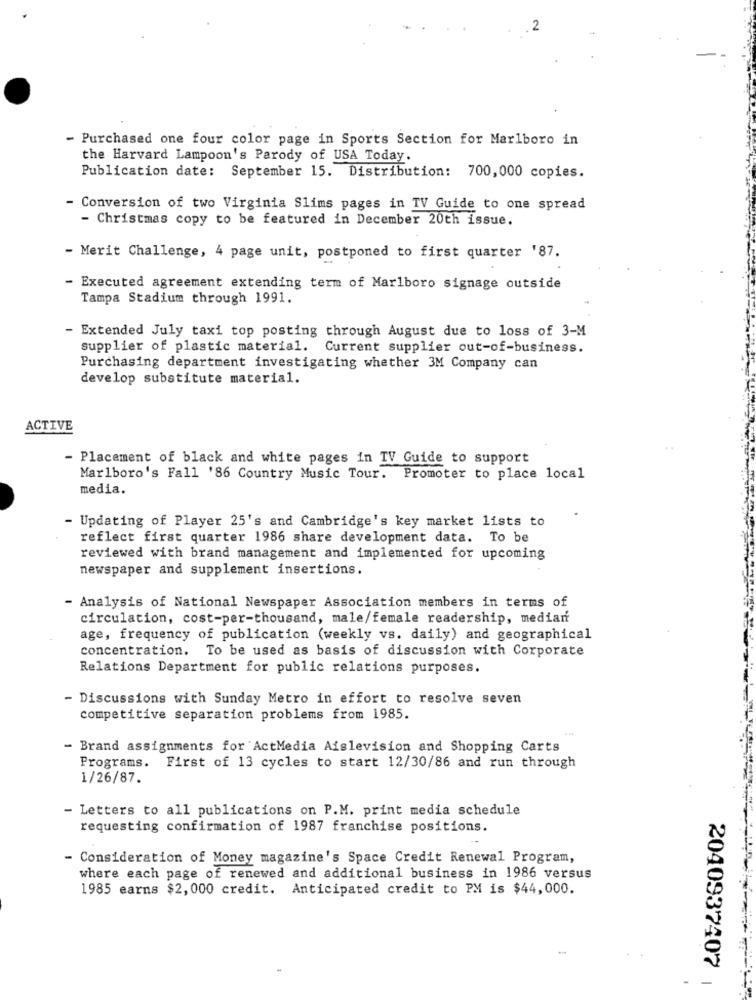
- Purchased one four color page in Sports Section for Marlboro in
the Harvard Lampoon's Parody of USA Today.
Publication date: September 15. Distribution: 700,000 copies.
- Conversion of two Virginia Slims pages in TV Guide to one spread
- Christmas copy to be featured in December 20th issue.
- Merit Challenge, 4 page unit, postponed to first quarter '87.
- Executed agreement extending term of Marlboro signage outside
Tampa Stadium through 1991.
- Extended July taxi top posting through August due to loss of 3-M
supplier of plastic material.
Current supplier out-of-business.
Purchasing department investigating whether 3M Company can
develop substitute material.
ACTIVE
- Placement of black and white pages in TV Guide to support
Marlboro's Fall '86 Country Music Tour. Promoter to place local
media.
- Updating of Player 25's and Cambridge's key market lists to
reflect first quarter 1986 share development data. To be
reviewed with brand management and implemented for upcoming
newspaper and supplement insertions.
- Analysis of National Newspaper Association members in terms of
circulation, cost-per-thousand, male/female readership, median
age, frequency of publication (weekly vs. daily) and geographical
concentration. To be used as basis of discussion with Corporate
Relations Department for public relations purposes.
- Discussions with Sunday Metro in effort to resolve seven
competitive separation problems from 1985.
- Brand assignments for ActMedia Aislevision and Shopping Carts
Programs. First of 13 cycles to start 12/30/86 and run through
1/26/87.
- Letters to all publications on P.M. print media schedule
requesting confirmation of 1987 franchise positions.
- Consideration of Money magazine's Space Credit Renewal Program,
where each page of renewed and additional business in 1986 versus
1985 earns $2,000 credit. Anticipated credit to PM is $44,000.
2040937407
- -